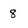
Character: 8